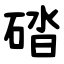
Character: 䂿